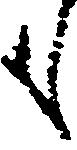
も